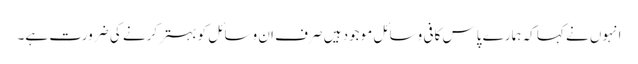
انہوں نے کہا کہ ہمارے پاس کافی وسائل موجود ہیں صرف ان وسائل کو بہتر کرنے کی ضرورت ہے۔